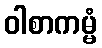
ဝါစာကမ္မံ